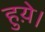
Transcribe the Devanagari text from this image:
हुय़े।